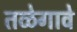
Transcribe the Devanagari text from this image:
तळेगावे